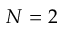
N = 2